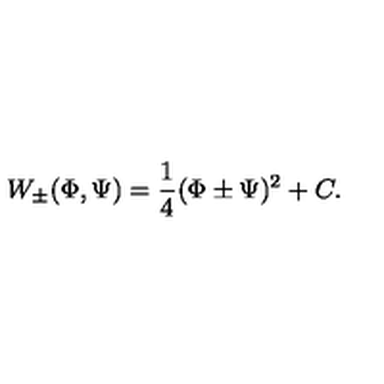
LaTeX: W _ { \pm } ( \Phi , \Psi ) = \frac { 1 } { 4 } ( \Phi \pm \Psi ) ^ { 2 } + C .